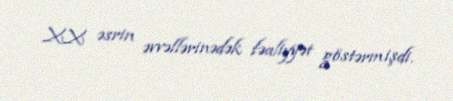
XX əsrin əvvəllərinədək fəaliyyət göstərmişdi.